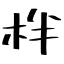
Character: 柈